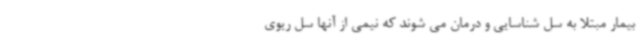
بیمار مبتلا به سل شناسایی و درمان می شوند که نیمی از آنها سل ریوی